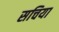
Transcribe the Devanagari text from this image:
सचिया